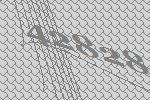
42828